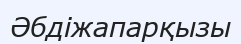
Әбдіжапарқызы